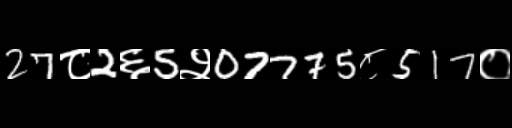
Text: 27८2६5२07775८517०